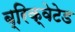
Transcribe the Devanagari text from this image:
ब्रिक्वेटेड